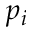
p _ { i }